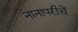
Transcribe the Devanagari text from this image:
नानापरीचें